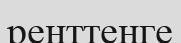
ренттенге